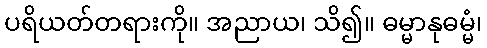
ပရိယတ်တရားကို။ အညာယ၊ သိ၍။ ဓမ္မာနုဓမ္မံ၊